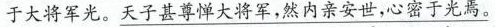
于大将军光。\underline{天子甚尊惮大将军，然内亲安世，心密于光焉。}